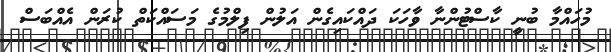
މުހައްމާ ބުނީ ކާސްޓުންނާ ވާހަކަ ދައްކައިގެން އަލުން ފިލްމުގެ މަސައްކަތް ކުރަން އެއްބަސް